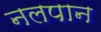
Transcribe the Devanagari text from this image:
नलपान